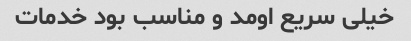
خیلی‌ سریع اومد و مناسب بود خدمات